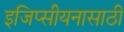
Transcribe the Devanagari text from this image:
इजिप्सीयनासाठी